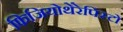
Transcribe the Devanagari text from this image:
फिजियोथेरेपिस्टो